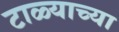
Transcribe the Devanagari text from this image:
टाळ्याच्या